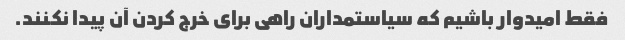
فقط امیدوار باشیم که سیاستمداران راهی برای خرج کردن آن پیدا نکنند.